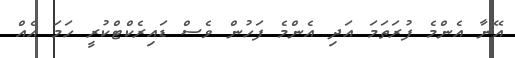
އޭނާ އެންމެ ފުރަތަމަ އަދި އެންމެ ފަހުން ވެސް ޑައިރެކްޓްކުރީ ހަމަ އެއް